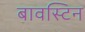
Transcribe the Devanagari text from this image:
बावस्टिन